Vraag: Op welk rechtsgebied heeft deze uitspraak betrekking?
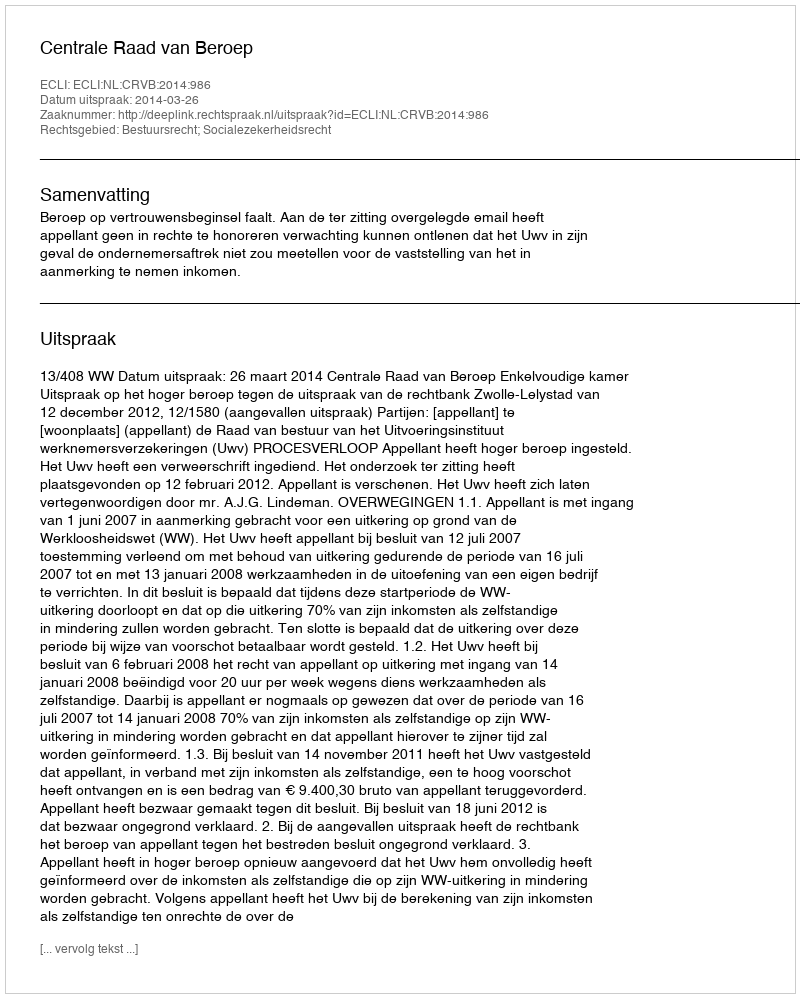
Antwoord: Bestuursrecht; Socialezekerheidsrecht